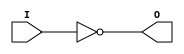
module X_INV (O, I);

  parameter LOC = "UNPLACED";
  output O;
  input I;

  not (O, I);

  specify

	(I => O) = (0:0:0, 0:0:0);
	specparam PATHPULSE$ = 0;

  endspecify

endmodule